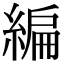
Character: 編